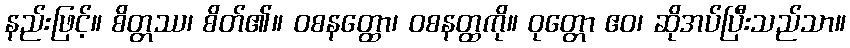
နည်းဖြင့်။ စိတ္တဿ၊ စိတ်၏။ ဝစနတ္ထော၊ ဝစနတ္ထကို။ ဝုတ္တော ဧဝ၊ ဆိုအပ်ပြီးသည်သာ။